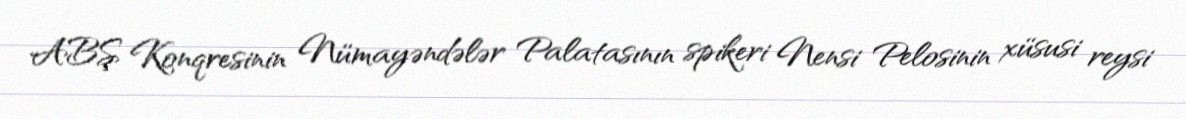
ABŞ Konqresinin Nümayəndələr Palatasının spikeri Nensi Pelosinin xüsusi reysi